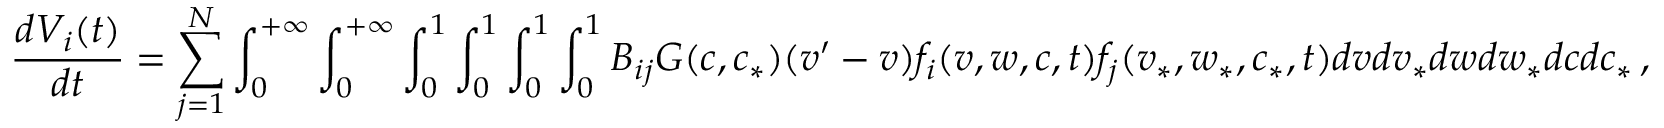
\frac { d V _ { i } ( t ) } { d t } = \sum _ { j = 1 } ^ { N } \int _ { 0 } ^ { + \infty } \int _ { 0 } ^ { + \infty } \int _ { 0 } ^ { 1 } \int _ { 0 } ^ { 1 } \int _ { 0 } ^ { 1 } \int _ { 0 } ^ { 1 } B _ { i j } G ( c , c _ { * } ) ( v ^ { \prime } - v ) f _ { i } ( v , w , c , t ) f _ { j } ( v _ { * } , w _ { * } , c _ { * } , t ) d v d v _ { * } d w d w _ { * } d c d c _ { * } \, ,